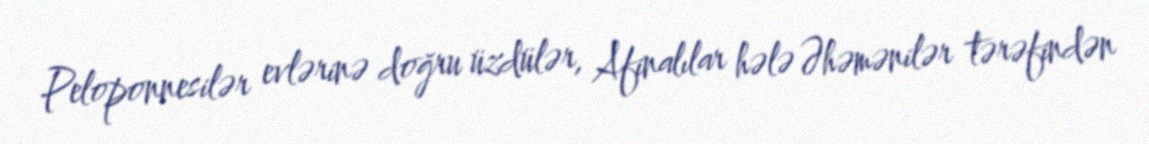
Peloponnesilər evlərinə doğru üzdülər, Afinalılar hələ Əhəmənilər tərəfindən